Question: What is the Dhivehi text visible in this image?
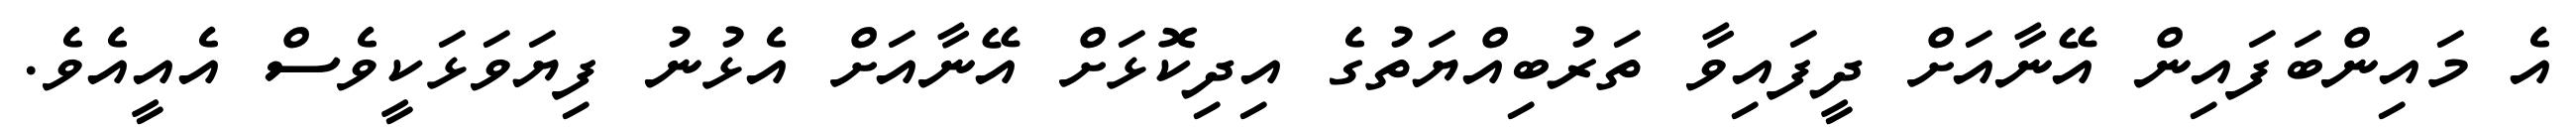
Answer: އެ މައިންބަފައިން އޭނާއަށް ދީފައިވާ ތަރުބިއްޔަތުގެ އިދިކޮޅަށް އޭނާއަށް އެޅުނު ފިޔަވަޅަކީވެސް އެއީއެވެ.